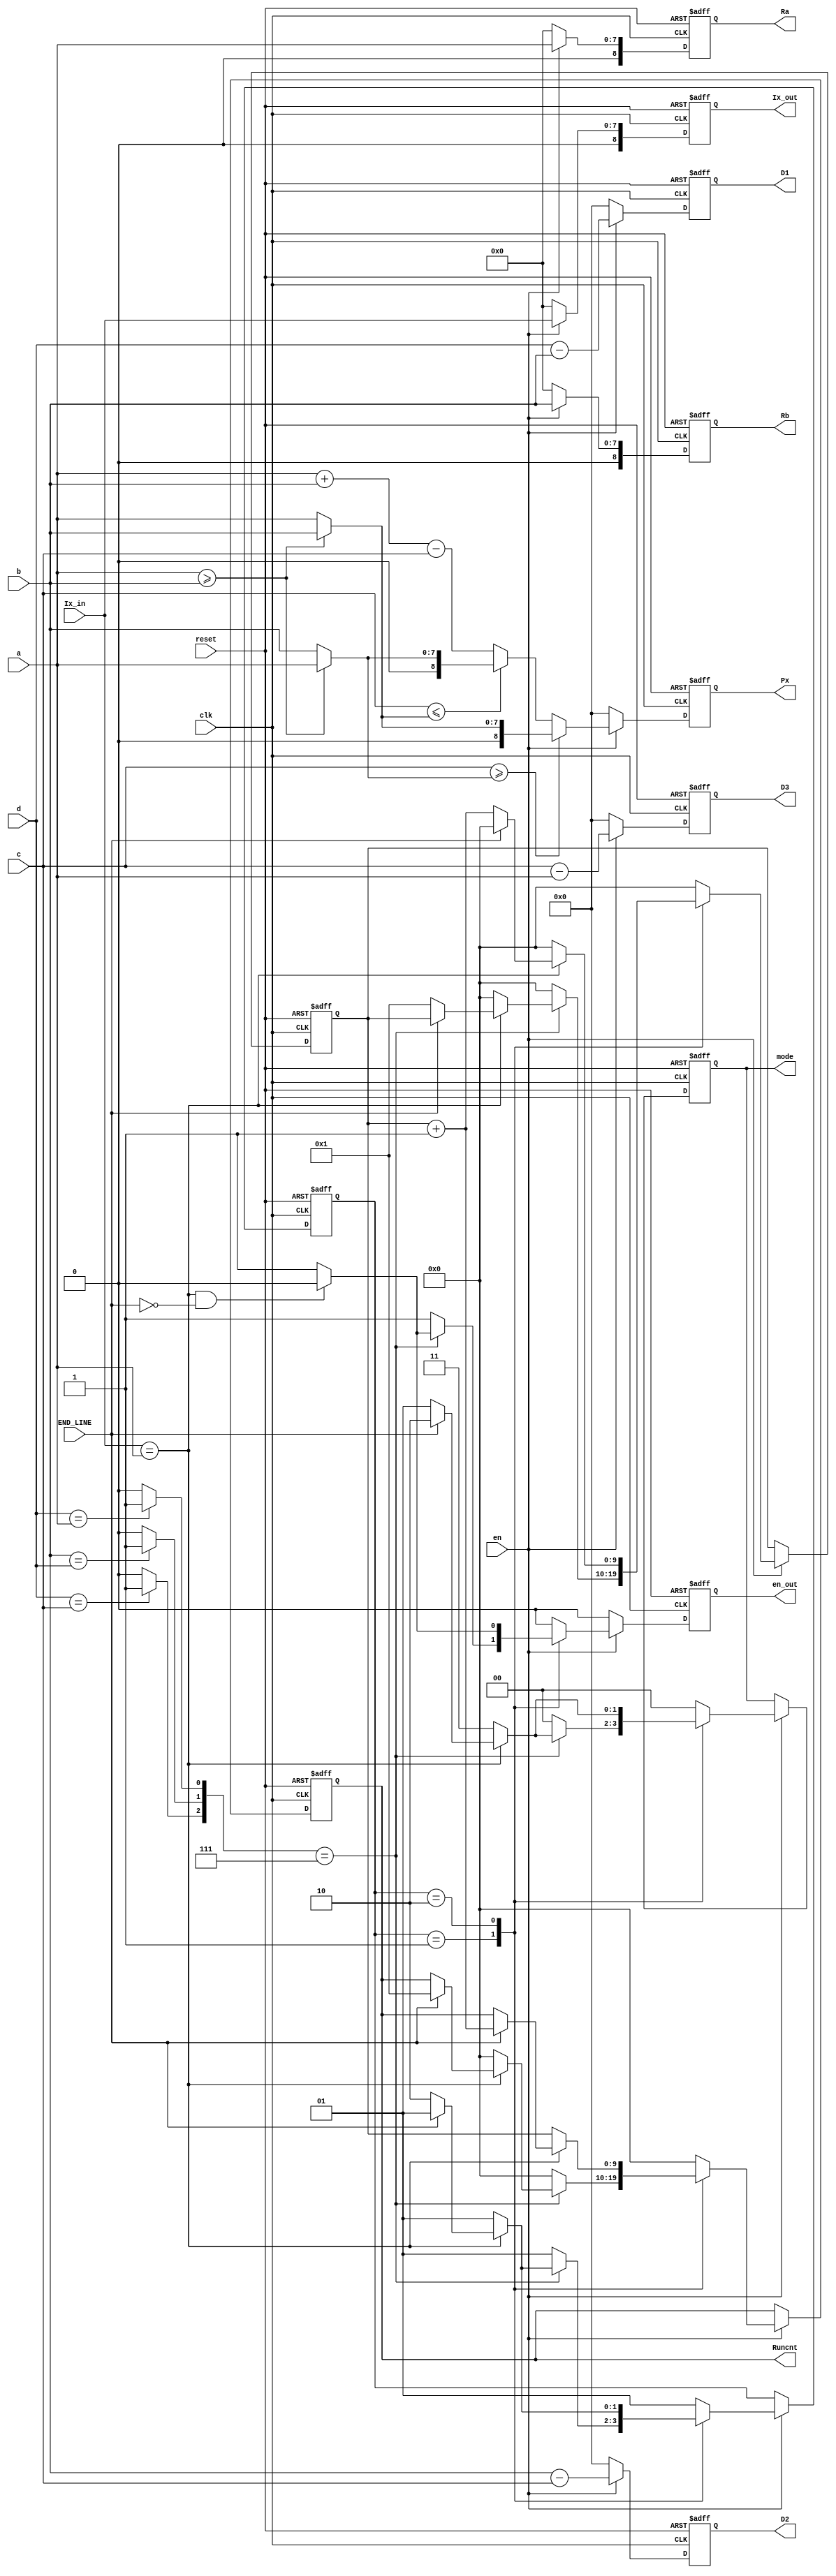
`timescale 1ns / 1ps
//////////////////////////////////////////////////////////////////////////////////
// Company: 
// Engineer: 
// 
// Design Name: 
// Module Name:    mode_decide 
// Project Name: 
// Target Devices: 
// Tool versions: 
// Description: 
//
// Dependencies: 
//
// Revision: 
// Revision 0.01 - File Created
// Additional Comments: 
//
//////////////////////////////////////////////////////////////////////////////////
module mode_decide(clk, reset, en,END_LINE,
                   Ix_in, a, b, c, d,
				   D1,D2,D3,
				   mode,Px,Ix_out,Runcnt,Ra,Rb,en_out);
    input clk;
    input reset;
    input en;
	input END_LINE;// if '1',stand for the last pixel of line
    input  [7:0] Ix_in;
    input  [7:0] a;
	input  [7:0] b;
	input  [7:0] c;
	input  [7:0] d;
	
	output [8:0] D1;
	output [8:0] D2;
	output [8:0] D3;
    output [1:0] mode;
    output [8:0] Px;
	output [8:0] Ix_out;
	output [9:0] Runcnt;
	output [8:0] Ra;
	output [8:0] Rb;
	output en_out;
	 
	reg [8:0] D1;
	reg [8:0] D2;
	reg [8:0] D3;
    reg [1:0] mode;  // mode=0:it's regular mode
	                 // mode=1:it's in run mode
					 // mode=2:jump form run mode because of END_LINE
					 // mode=3:jump form run mode because of another pixel
    reg [8:0] Px;
	reg [8:0] Ix_out;
	reg [9:0] Runcnt;
	reg [9:0] Runcnt_tmp;
	reg [8:0] Ra;
	reg [8:0] Rb;
	reg en_out;
	
	wire [8:0] Max;
	wire [8:0] Min;
	 
	wire value1;
	wire value2;
	wire value3;
	wire [2:0] cont;
	
	reg [1:0] state;
	 
	parameter  Idle=2'b01,
	           Run=2'b10;

	
	assign #1 Max=(a>=b)?a:b;
	assign #1 Min=(a>=b)?b:a;
	 
	assign #1 value1=(d==c)?1:0;
	assign #1 value2=(b==d)?1:0;
	assign #1 value3=(d==a)?1:0;
	assign #1 cont={value1,value2,value3};
	
	
	
	// calculate rude Px value;
	 always@(posedge clk or negedge reset)
	 if(!reset)
		Px<=0;
	 else if(en)
	 begin      
		if(c>=Max)
			Px<=Min;
		else if(c<=Min)
			Px<=Max;
         else
			Px<=a+b-c;			
	 end	
	 else Px<=0;
	
	// register Ix,Ra,Rb;
	always@(posedge clk or negedge reset)
	if(!reset) begin
	Ix_out<=0;
	Ra<=0;
	Rb<=0;
	end
	else if(en) begin
	Ix_out<=Ix_in;
	Ra<=a;
	Rb<=b;
	end
	else begin
	Ix_out<=0;
	Ra<=0;
	Rb<=0;
	end
	
	// calculate local gradient
	always@(posedge clk or negedge reset)
	if(!reset) begin
		D1<=0;
		D2<=0;
		D3<=0;
		end
	else if(en) begin
		D1<=d-b;
		D2<=b-c;
		D3<=c-a;
		end
	else begin
		D1<=0;
		D2<=0;
		D3<=0;
		end
	//generate en_out signal
	always@(posedge clk or negedge reset)
	if(!reset)
	  en_out<=0;
	 else if(en)
		case(state)
		Idle:begin
	      if(cont==3'b111)
				begin
			   if((Ix_in==a)&&(END_LINE==0))
			       en_out<=0;
			    else
				   en_out<=1;
				end
			 else
			    en_out<=1;
			end
		 Run:begin
	     if((Ix_in==a)&&(END_LINE==0))
			  en_out<=0;
			 else
			  en_out<=1;
			  end
	   default: en_out<=0;
		endcase
	 else
	    en_out<=0;
	
	
//mode register recoding and mode deciding
always@(posedge clk or negedge reset)
	 if(!reset)
	 begin
	 state<=Idle;
	 mode<=0;
	 Runcnt<=0;
	 Runcnt_tmp<=0;
	 end
	 else
	 if(en) begin 
	 case(state)
	 Idle:begin
	      if(cont==3'b111) begin
			    if(Ix_in==a)
				  begin				  
				  if(END_LINE)
				    begin
				    mode<=2'b10;
					 state<=Idle;
					 Runcnt<=1;
					 end
					else
					 begin
					 mode<=2'b01;
					 state<=Run;
					 Runcnt_tmp<=1;
					 end
				  end
				 else
				  begin
					mode<=2'b11;
				   Runcnt_tmp<=0;
			      Runcnt<=0; 				  
			      state<=Idle;
				  end
				end
         else
            begin
				  mode<=2'b00;
				  Runcnt_tmp<=0; 
			     Runcnt<=0;
				  state<=Idle;
            end 
			end
	 Run:begin
	     if(Ix_in==a)
		
			if(END_LINE)
			 begin
			 Runcnt<=Runcnt_tmp+1;
			 Runcnt_tmp<=0;
			 mode<=2'b10;
			 state<=Idle;
			 end
		   else
			 begin
			 Runcnt_tmp<=Runcnt_tmp+1;
			 mode<=2'b01;
			 state<=Run;
			 end
			 
		  else
		   begin		 
			Runcnt<=Runcnt_tmp;
			Runcnt_tmp<=0;
			mode<=2'b11;
			state<=Idle;
		   end
	          		  
		 end
	 default:
	        begin
	        state<=Idle;
			  Runcnt<=0;
	        Runcnt_tmp<=0;
	        mode<=0;
			  end
			endcase
	 
	 
	 end
endmodule